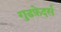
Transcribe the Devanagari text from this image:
गुडफ़ेदर्स